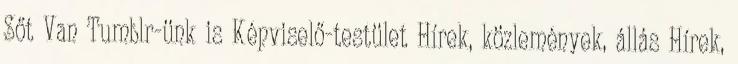
Sőt Van Tumblr-ünk is Képviselő-testület Hírek, közlemények, állás Hírek,